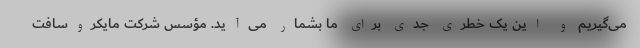
می‌گیریم و این ‌یک خطری جدی برای ما بشمار می‌آید. مؤسس شرکت مایکروسافت